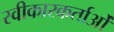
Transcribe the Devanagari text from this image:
स्वीकारकर्ताओं